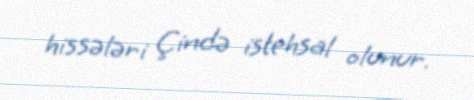
hissələri Çində istehsal olunur.